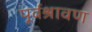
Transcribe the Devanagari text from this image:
पूर्वश्रावण